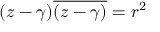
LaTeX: ( z - \gamma ) { \overline { { ( z - \gamma ) } } } = r ^ { 2 }